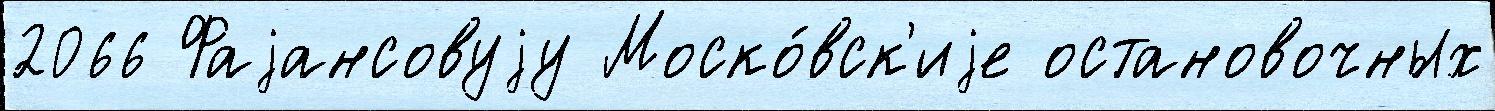
2066 Фаjансовуjу Моско́вск'иjе остановочных